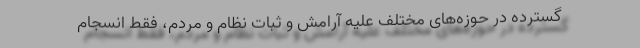
گسترده در حوزه‌های مختلف علیه آرامش و ثبات نظام و مردم، فقط انسجام